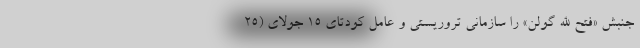
جنبش «فتح الله گولن» را سازمانی تروریستی و عامل کودتای ۱۵ جولای (۲۵